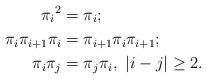
LaTeX: \begin{align*} {\pi_i}^2 &=\pi_i; \\ \pi_i\pi_{i+1}\pi_i &=\pi_{i+1}\pi_i\pi_{i+1};\\ \pi_i\pi_j &=\pi_j\pi_i, \ |i-j|\ge 2.\end{align*}